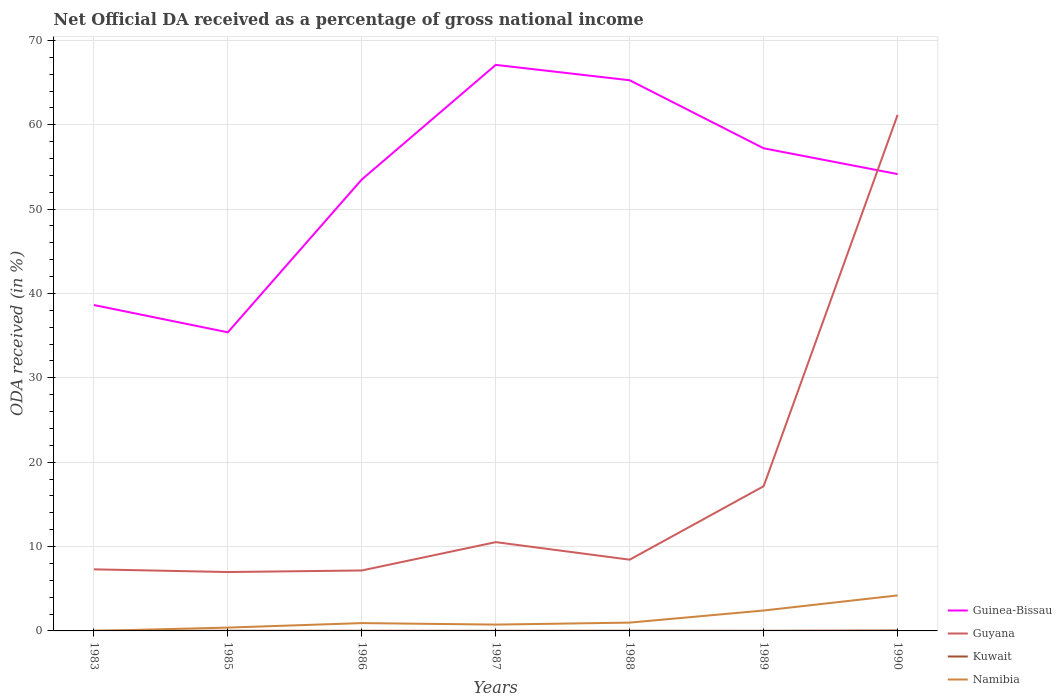
| Years | Guinea-Bissau | Guyana | Kuwait | Namibia |
 | --- | --- | --- | --- | --- |
 | 1983 | 38.6 | 7.3 | 0.0199 | 0.000452 |
 | 1985 | 35.4 | 6.98 | 0.0162 | 0.395 |
 | 1986 | 53.5 | 7.17 | 0.0195 | 0.928 |
 | 1987 | 67.1 | 10.5 | 0.0122 | 0.75 |
 | 1988 | 65.3 | 8.45 | 0.0215 | 0.985 |
 | 1989 | 57.2 | 17.2 | 0.0146 | 2.42 |
 | 1990 | 54.2 | 61.2 | 0.05 | 4.21 |